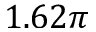
1 . 6 2 \pi